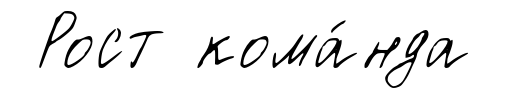
Рост кома́нда